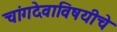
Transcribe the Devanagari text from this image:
चांगदेवाविषयीचे